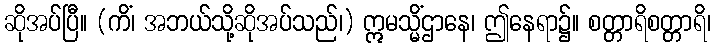
ဆိုအပ်ပြီ။ (ကိံ၊ အဘယ်သို့ဆိုအပ်သည်၊) ဣမသ္မိံဌာနေ၊ ဤနေရာ၌။ စတ္တာရိစတ္တာရိ၊